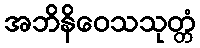
အဘိနိဝေသသုတ္တံ